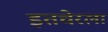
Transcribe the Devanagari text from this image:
इतचेरला